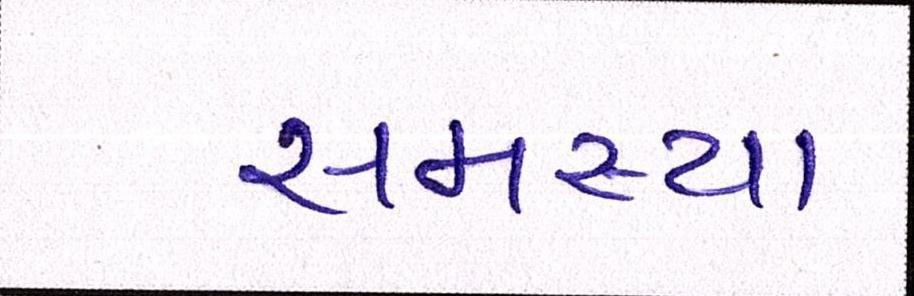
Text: સમસ્યા